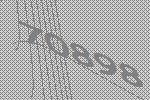
70898